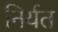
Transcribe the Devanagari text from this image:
निर्यत